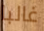
غالبا